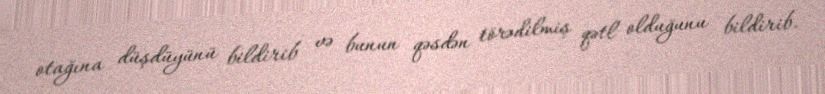
otağına düşdüyünü bildirib və bunun qəsdən törədilmiş qətl olduğunu bildirib.